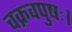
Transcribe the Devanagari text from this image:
चक्रवपुषः।